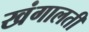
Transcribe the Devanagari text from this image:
खंगालती